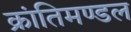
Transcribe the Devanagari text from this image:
क्रांतिमण्डल